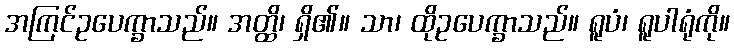
အကြင်ဥပေက္ခာသည်။ အတ္ထိ၊ ရှိ၏။ သာ၊ ထိုဥပေက္ခာသည်။ ရူပံ၊ ရူပါရုံကို။